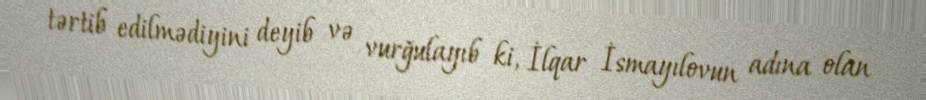
tərtib edilmədiyini deyib və vurğulayıb ki, İlqar İsmayılovun adına olan